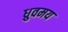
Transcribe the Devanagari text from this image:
ध्रुवमय